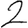
Digit: 2